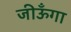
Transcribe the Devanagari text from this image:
जीऊँगा